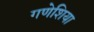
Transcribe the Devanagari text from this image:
गणेशिया